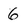
Character: 6